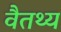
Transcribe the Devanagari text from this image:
वैतथ्य